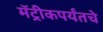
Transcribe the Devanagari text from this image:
मॅट्रीकपर्यंतचे